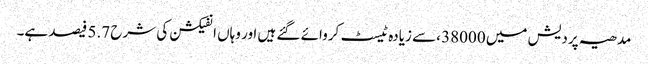
مدھیہ پردیش میں 38000 ،سے زیادہ ٹیسٹ کروائے گئے ہیں اور وہاں انفیکشن کی شرح 5.7 فیصد ہے۔